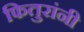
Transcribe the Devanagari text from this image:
फितुरांनी